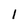
Character: I